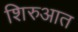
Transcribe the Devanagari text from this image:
शिरुआत